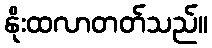
နိုးထလာတတ်သည်။